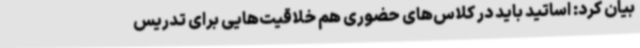
بیان کرد: اساتید باید در کلاس‌های حضوری هم خلاقیت‌هایی برای تدریس